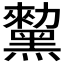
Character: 𪒅